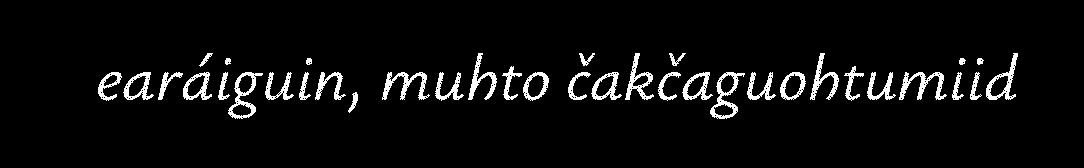
earáiguin, muhto čakčaguohtumiid